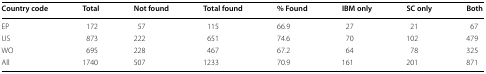
| Country code | Total | Not found | Total found | % Found | IBM only | SC only | Both |
 | --- | --- | --- | --- | --- | --- | --- | --- |
 | EP | 172 | 57 | 115 | 66.9 | 27 | 21 | 67 |
 | US | 873 | 222 | 651 | 74.6 | 70 | 102 | 479 |
 | WO | 695 | 228 | 467 | 67.2 | 64 | 78 | 325 |
 | All | 1740 | 507 | 1233 | 70.9 | 161 | 201 | 871 |